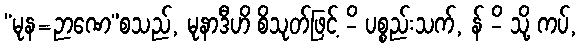
“မုန=ဉာဏေ”စသည်, မုနာဒီဟိ စိသုတ်ဖြင့် -ိ ပစ္စည်းသက်, န် -ိ သို့ ကပ်,